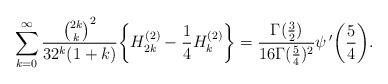
LaTeX: \begin{align*}&\sum_{k=0}^{\infty}\frac{\binom{2k}{k}^2}{32^k(1+k)}\bigg\{H_{2k}^{(2)}-\frac{1}{4}H_{k}^{(2)}\bigg\}=\frac{\Gamma(\frac{3}{2})}{16\Gamma(\frac{5}{4})^2}\psi\,'\bigg(\frac{5}{4}\bigg). \end{align*}